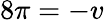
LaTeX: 8\pi=-v